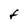
Character: F